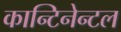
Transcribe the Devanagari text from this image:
कान्टिनेन्टल